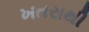
ખતરાથી